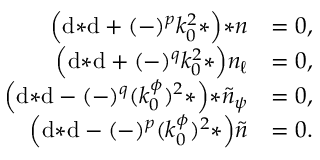
\begin{array} { r l } { \Big ( \mathrm { d } { * \mathrm { d } } + ( - ) ^ { p } k _ { 0 } ^ { 2 } { * } \Big ) { * n } } & { = 0 , } \\ { \Big ( \mathrm { d } { * \mathrm { d } } + ( - ) ^ { q } k _ { 0 } ^ { 2 } { * } \Big ) n _ { \ell } } & { = 0 , } \\ { \Big ( \mathrm { d } { * \mathrm { d } } - ( - ) ^ { q } ( k _ { 0 } ^ { \phi } ) ^ { 2 } { * } \Big ) { * \tilde { n } _ { \psi } } } & { = 0 , } \\ { \Big ( \mathrm { d } { * \mathrm { d } } - ( - ) ^ { p } ( k _ { 0 } ^ { \phi } ) ^ { 2 } { * } \Big ) \tilde { n } } & { = 0 . } \end{array}